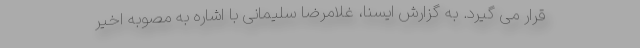
قرار می گیرد. به گزارش ایسنا، غلامرضا سلیمانی با اشاره به مصوبه اخیر